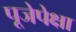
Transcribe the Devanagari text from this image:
पूजेपेक्षा